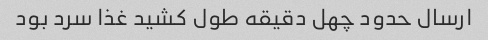
ارسال حدود چهل دقیقه طول کشید غذا سرد بود